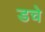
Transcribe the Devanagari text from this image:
डचे